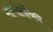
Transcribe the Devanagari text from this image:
मॉंगोलीयन